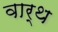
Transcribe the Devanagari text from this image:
वार्थ